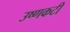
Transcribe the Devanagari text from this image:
उष्णकटी